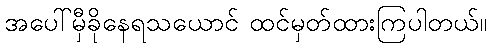
အပေါ်မှီခိုနေရသယောင် ထင်မှတ်ထားကြပါတယ်။